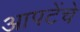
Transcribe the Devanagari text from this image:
आपटेंचे